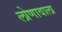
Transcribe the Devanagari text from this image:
लोणावाला